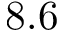
8 . 6